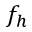
f _ { h }